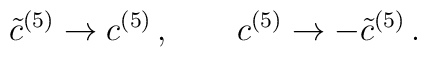
{\tilde c}^{(5)} \rightarrow  c^{(5)} \, ,\qquad c^{(5)} \rightarrow  -{\tilde c}^{(5)} \, .\\